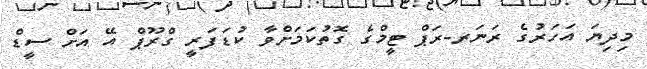
މިދިޔަ އަހަރުގެ ރަނަރ-ރަޕް ޓީމްގެ ގޮތުކަމަށްވާ ކުޑަފަރީ ގްރޫޕް އޭ އަށް ސީޑް